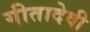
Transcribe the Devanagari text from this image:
गीतादेवी